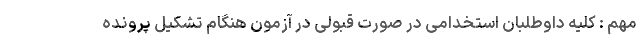
مهم : کلیه داوطلبان استخدامی در صورت قبولی در آزمون هنگام تشکیل پرونده